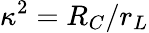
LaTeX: \kappa^{2}=R_{C}/r_{L}